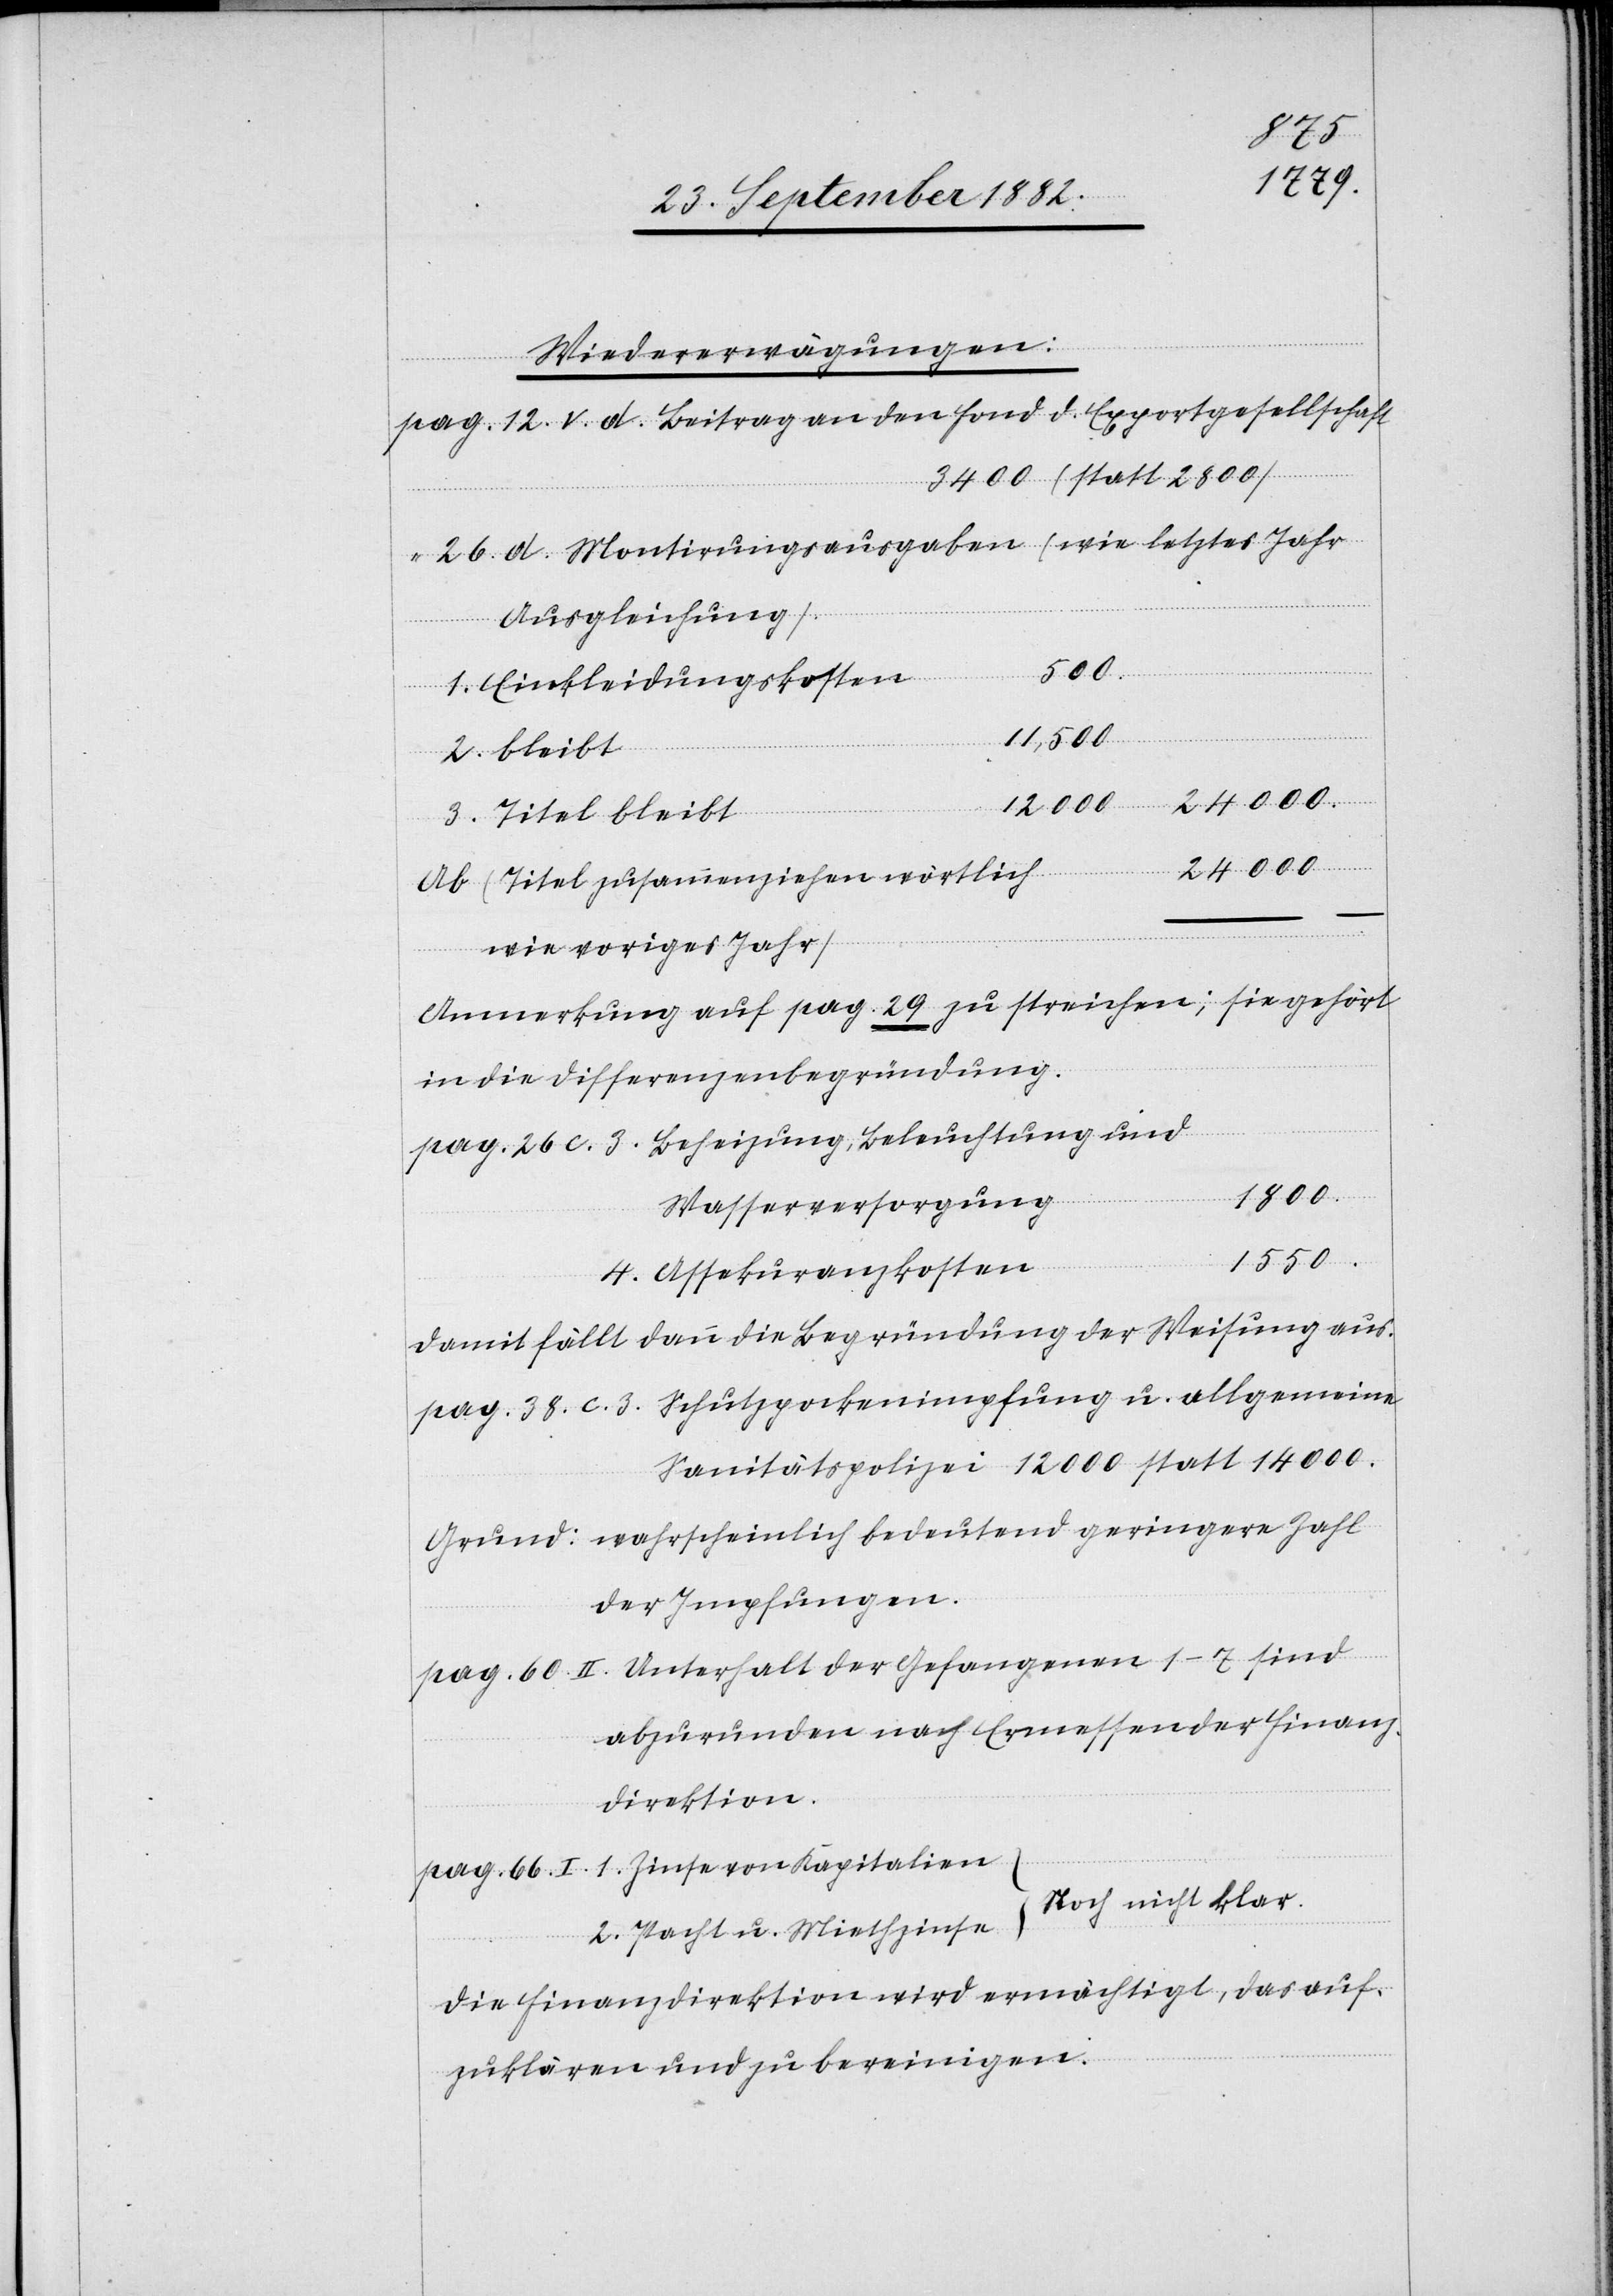
Wiedererwägungen.
12. V. d. Beitrag an den Fond d. Exportgesellschaft
3400 (statt 2800)
26. d. Montirungsausgaben (wie letztes Jahr
Ausgleichung).
500
1. Einkleidungskosten
11,500
2. bleibt
1800
3. Titel bleibt
Ab (Titel zusammenziehen wörtlich
wie voriges Jahr)
Anmerkung auf pag. 29 zu streichen; sie gehört
in die Differenzenbegründung.
pag. 26. c. 3. Beheizung, Beleuchtung und
Wasserversorgung
1550
4. Assekuranzkosten
damit fällt dann die Begründung der Weisung aus.
pag. 38. c. 3. Schutzpockenimpfung u. allgemeine
Sanitätspolizei 12000 statt 14000.
Grund: wahrscheinlich bedeutend geringere Zahl
der Impfungen.
pag. 60 II. Unterhalt der Gefangenen 1–7 sind
abzurunden nach Ermessen der Finanz¬
direktion.
pag. 66. 1. Zinse von Kapitalien
noch nicht klar.
2. Pacht u. Miethzinsen
Die Finanzdirektion wird ermächtigt, das auf¬
zuklären und zu bereinigen.